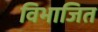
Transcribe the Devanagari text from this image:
विभाजित